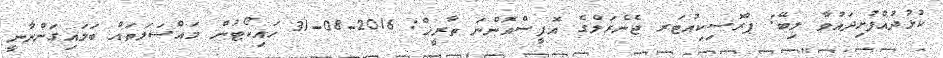
ކުޅުދުއްފުށިދައުވާ ލިބޭ: ޕްރޮސިކިއުޓަރ ޖެނެރަލްގެ އޮފީސްއޮންނަ ތާރީޚް: 2016-08-31 ހައިކޯޓުން މައްސަލަތައް ބަލައިގަންނާނީ